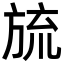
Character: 旈